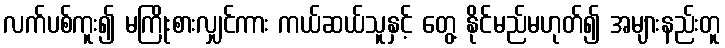
လက်ပစ်ကူး၍ မကြိုးစားလျှင်ကား ကယ်ဆယ်သူနှင့် တွေ့ နိုင်မည်မဟုတ်၍ အများနည်းတူ